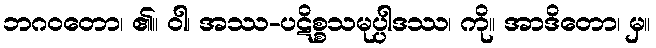
ဘဂဝတော၊ ၏။ ဝါ၊ အဿ-ပဋိစ္စသမုပ္ပါဒဿ၊ ကို။ အာဒိတော၊ မှ။